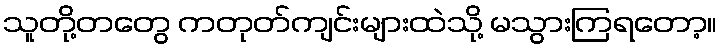
သူတို့တတွေ ကတုတ်ကျင်းများထဲသို့ မသွားကြရတော့။